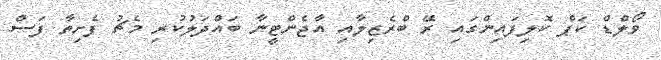
ވޯލްޑް ކަޕް ކޮލިފައިންގައި ރޭ ބްރެޒިލާއި އާޖެންޓީނާ ބައްދަލުކުރި މެޗު ފެށިތާ ފަސް